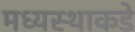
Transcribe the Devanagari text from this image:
मध्यस्थाकडे